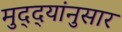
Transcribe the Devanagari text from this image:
मुद्‌द्‌यांनुसार